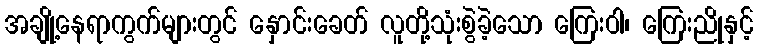
အချို့နေရာကွက်များတွင် နှောင်းခေတ် လူတို့သုံးစွဲခဲ့သော ကြေးဝါ၊ ကြေးညိုနှင့်